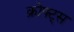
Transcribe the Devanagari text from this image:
क्रोफ्ट्स